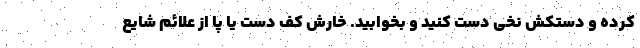
کرده و دستکش نخی دست کنید و بخوابید. خارش کف دست یا پا از علائم شایع